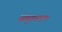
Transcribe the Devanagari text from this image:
अमृतवाटप